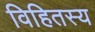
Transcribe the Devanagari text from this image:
विहितस्य